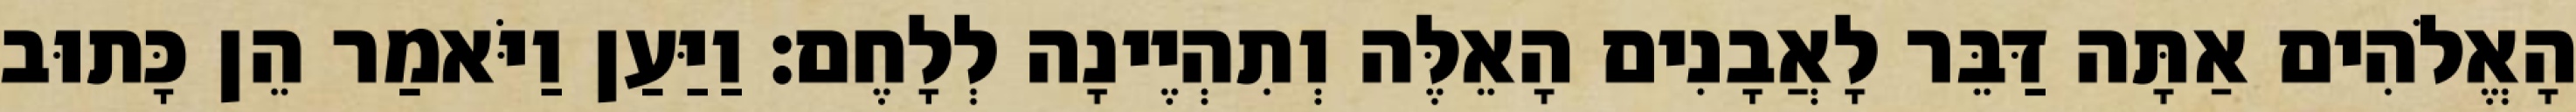
הָאֱלֹהִים אַתָּה דַּבֵּר לָאֲבָנִים הָאֵלֶּה וְתִהְיֶינָה לְלָחֶם׃ וַיַּעַן וַיֹּאמַר הֵן כָּתוּב